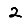
Digit: 2